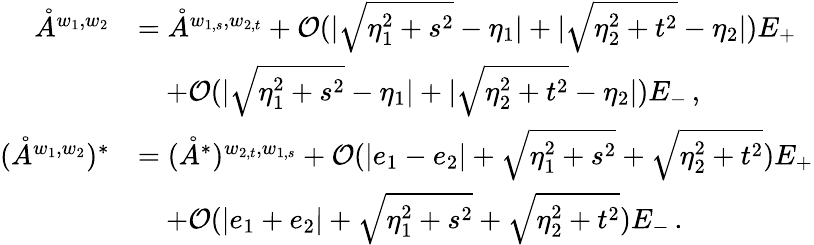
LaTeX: \begin{array}{rl}{\mathring{A}^{w_{1},w_{2}}}&{=\mathring{A}^{w_{1,s},w_{2,t}}+\mathcal{O}(|\sqrt{\eta_{1}^{2}+s^{2}}-\eta_{1}|+|\sqrt{\eta_{2}^{2}+t^{2}}-\eta_{2}|)E_{+}}\\ &{\quad+\mathcal{O}(|\sqrt{\eta_{1}^{2}+s^{2}}-\eta_{1}|+|\sqrt{\eta_{2}^{2}+t^{2}}-\eta_{2}|)E_{-}\, ,}\\ {(\mathring{A}^{w_{1},w_{2}})^{*}}&{=(\mathring{A}^{*})^{w_{2,t},w_{1,s}}+\mathcal{O}(|e_{1}-e_{2}|+\sqrt{\eta_{1}^{2}+s^{2}}+\sqrt{\eta_{2}^{2}+t^{2}})E_{+}}\\ &{\quad+\mathcal{O}(|e_{1}+e_{2}|+\sqrt{\eta_{1}^{2}+s^{2}}+\sqrt{\eta_{2}^{2}+t^{2}})E_{-}\, .}\end{array}